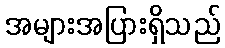
အများအပြားရှိသည်